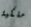
ملكية